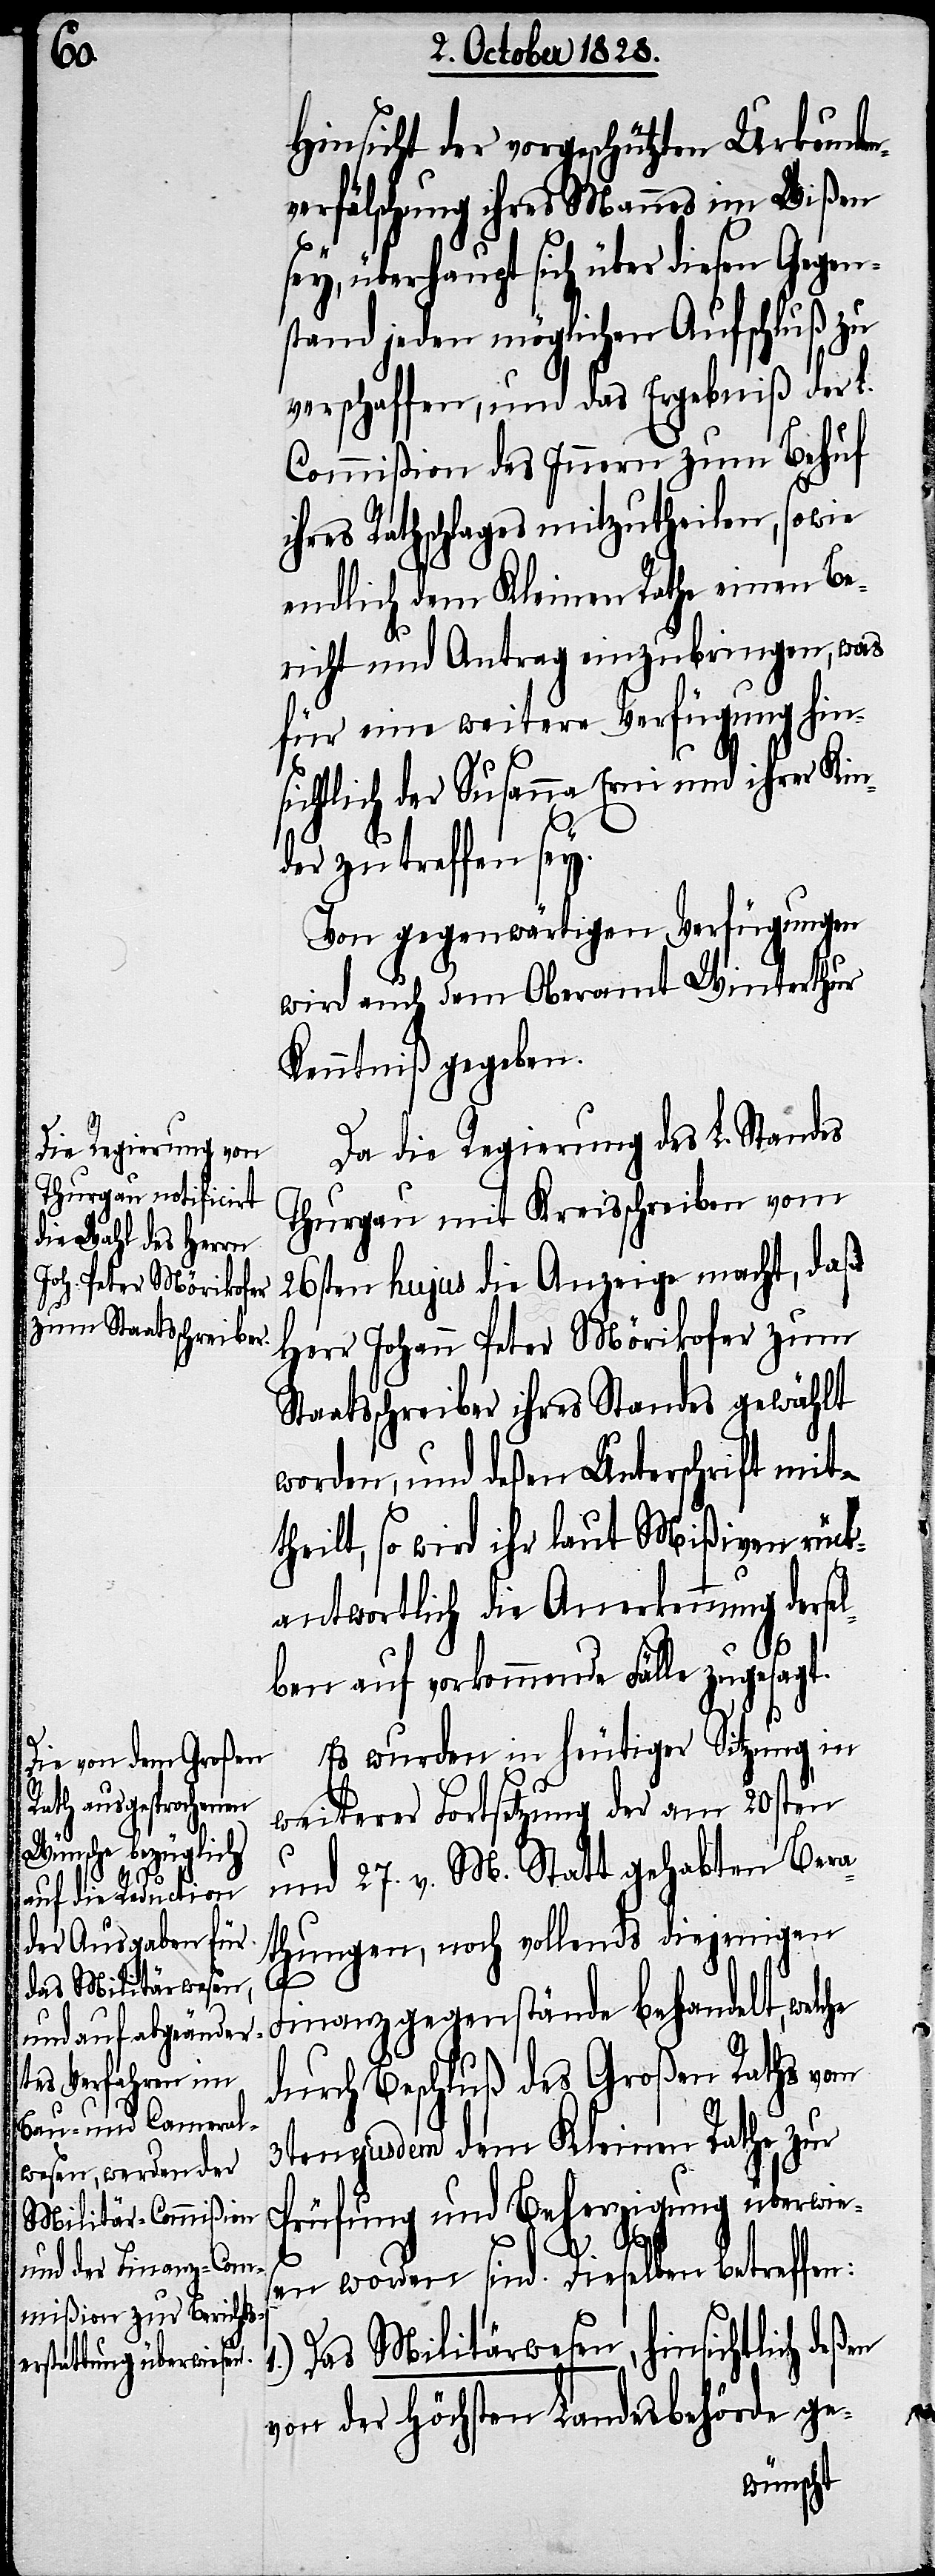
s¬

Hinsicht der vorgeschützten Urkunden¬
verfälschung ihres Mannes im Wißen
ey, überhaupt sich über diesen Gegen¬
stand jeden möglichen Aufschluß zu
verschaffen, und das Ergebniß der L.
Commißion des Innern zum Behuf
ihres Rathschlages mitzutheilen, sowie
endlich dem Kleinen Rathe einen Be¬
richt und Antrag einzubringen, was
für eine weitere Verfügung hin¬
sichtlich der Susanna Erni und ihrer Kin¬
der zu treffen sey.
Von gegenwärtigen Verfügungen
wird auch dem Oberamt Winterthur
Kenntniß gegeben.
Da die Regierung des L. Standes
Thurgau mit Kreisschreiben vom
26sten hujus die Anzeige macht, daß
Herr Johann Peter Mörikofer zum
Staatsschreiber ihres Standes gewählt
worden, und deßen Unterschrift mit¬
theilt, so wird ihr laut Mißiven rück¬
antwortlich die Anerkennung dersel¬
ben auf vorkommende Fälle zugesagt.
Es wurden in heutiger Sitzung in
weiterer Fortsetzung der am 20sten
und 27. v. M. Statt gehabten Bera¬
thungen, noch vollends diejenigen
Finanzgegenstände behandelt, welche
durch Beschluß des Großen Raths vom
3ten ejusdem dem Kleinen Rathe zur
Prüfung und Beherzigung überwie¬
sen worden sind. Dieselben betreffen:
Das Militärwesen, hinsichtlich deßen
von der Höchsten Landesbehörde ge-